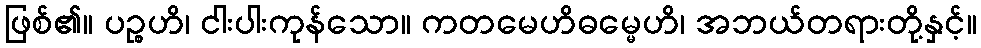
ဖြစ်၏။ ပဉ္စဟိ၊ ငါးပါးကုန်သော။ ကတမေဟိဓမ္မေဟိ၊ အဘယ်တရားတို့နှင့်။